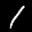
Label: 1